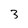
Character: 3